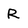
Character: R